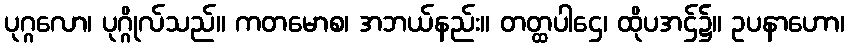
ပုဂ္ဂလော၊ ပုဂ္ဂိုလ်သည်။ ကတမောစ၊ အဘယ်နည်း။ တတ္ထပါဌေ၊ ထိုပအဌ်၌။ ဥပနာဟော၊